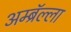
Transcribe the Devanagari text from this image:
अम्ब्रॅल्ला